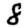
Digit: 8